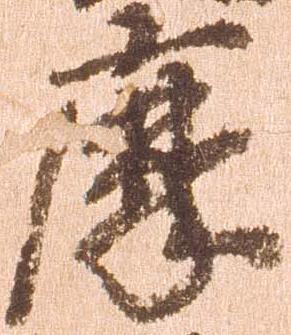
摩